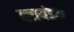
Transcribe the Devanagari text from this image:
ब्लायंडर्स